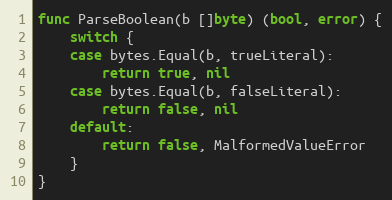
Language: Go
func ParseBoolean(b []byte) (bool, error) {
	switch {
	case bytes.Equal(b, trueLiteral):
		return true, nil
	case bytes.Equal(b, falseLiteral):
		return false, nil
	default:
		return false, MalformedValueError
	}
}